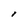
Character: I